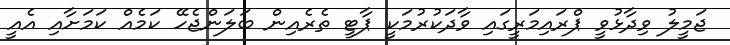
ޖަމީލު ވިދާޅުވީ ޕްރައިމަރީގައި ވާދަކުރުމަކީ ޕާޓީ ތެރެއިން ބަލަންޖެހޭ ކަމެއް ކަމަށާއި އެއީ